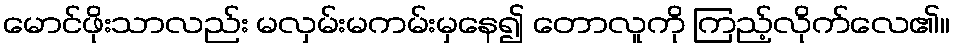
မောင်ဖိုးသာလည်း မလှမ်းမကမ်းမှနေ၍ တောလူကို ကြည့်လိုက်လေ၏။